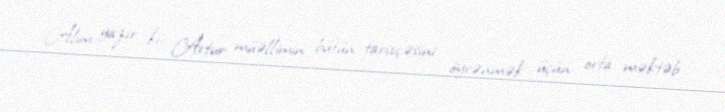
Alim yazır ki, Artur müəllimin bütün tarixçəsini öyrənmək üçün orta məktəb